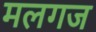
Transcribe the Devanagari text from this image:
मलगज